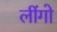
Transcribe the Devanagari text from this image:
लींगो